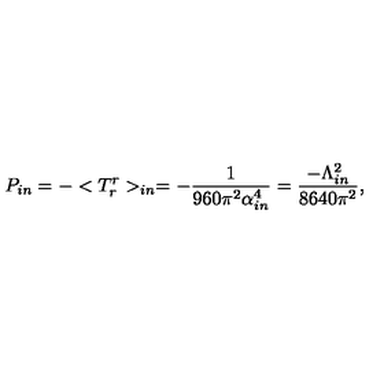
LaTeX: P _ { i n } = - < T _ { r } ^ { r } > _ { i n } = - \frac { 1 } { 9 6 0 \pi ^ { 2 } \alpha _ { i n } ^ { 4 } } = \frac { - \Lambda _ { i n } ^ { 2 } } { 8 6 4 0 \pi ^ { 2 } } ,